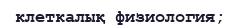
клеткалық физиология;